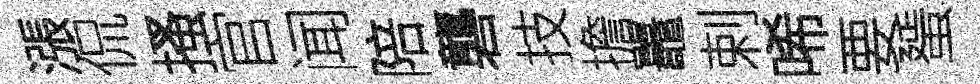
漲侃搔官闻陪礱技擔鼉剌唏要蜑